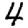
Digit: 4